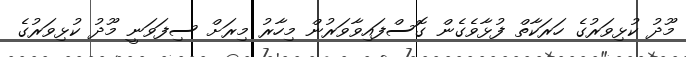
މޫދު ކުޅިވަރުގެ ހަރަކާތް ފުޅާވެގެން ގޮސްފައިވާވަރުން މިހާރު މިރަށް ސިފަވަނީ މޫދު ކުޅިވަރުގެ